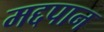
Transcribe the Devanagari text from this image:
मद्दपान